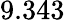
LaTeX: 9.343\